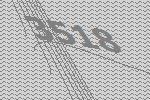
3518